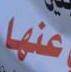
عنها